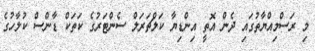
މި ރަސްމިއްޔާތުގައި ދެން އޮތީ އިންޑިޔާ ކަލްޗަރަލް ސެންޓަރުގެ ކަތަކް ޑާންސް ކުލާހުގެ